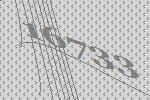
16733